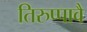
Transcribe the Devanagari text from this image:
तिरुप्पावै